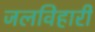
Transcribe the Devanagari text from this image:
जलविहारी